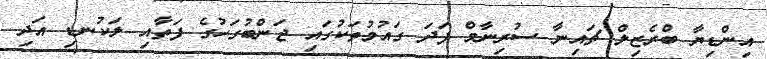
އިންޑިޔާ ބްރެޒިލް ޗައިނާ ސުރިނާމް ފަދަ ގައުމުތަކުގައި ޖަންބުގަހުގެ ފަތާއި ލަކުނޑި އަދި